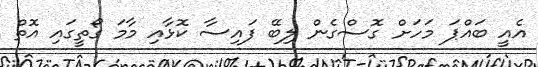
އެއީ ބައްޕަ މަހަށް ގޮސްގެން ލިބޭ ފައިސާ ކޮޅާއި މާމަ ގޯތީގައި އޮތް